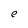
Character: e